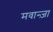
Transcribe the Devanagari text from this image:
मवान्ज़ा